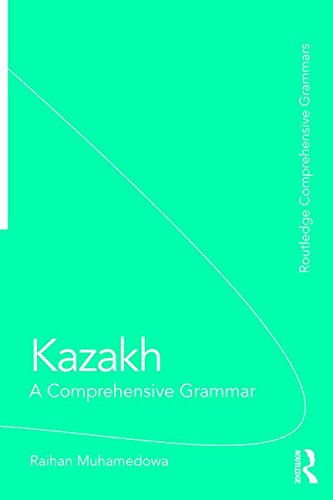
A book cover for Kazakh: A Comprehensive Grammar (Routledge Comprehensive Grammars); Raihan Muhamedowa; Reference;